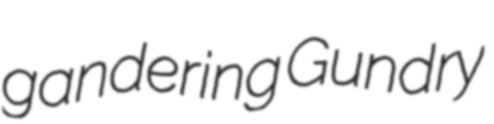
gandering Gundry